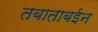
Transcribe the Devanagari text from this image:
तबाताबईन